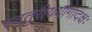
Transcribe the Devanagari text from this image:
स्वतुरीययोगादक्षः